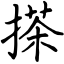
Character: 搽